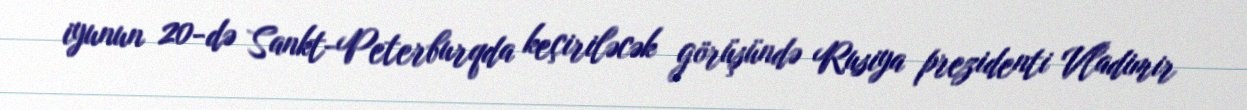
iyunun 20-də Sankt-Peterburqda keçiriləcək görüşündə Rusiya prezidenti Vladimir